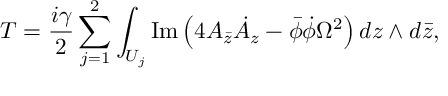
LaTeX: T = \frac { i \gamma } { 2 } \sum _ { j = 1 } ^ { 2 } \int _ { U _ { j } } \mathrm { I m } \left( 4 A _ { \bar { z } } \dot { A } _ { z } - \bar { \phi } \dot { \phi } \Omega ^ { 2 } \right) d z \wedge d \bar { z } ,